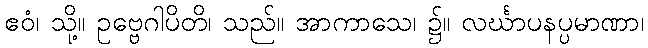
ဧဝံ၊ သို့။ ဥဗ္ဗေဂါပိတိ၊ သည်။ အာကာသေ၊ ၌။ လင်္ဃာပနပ္ပမာဏာ၊